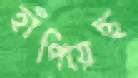
হাঁপিয়েছ